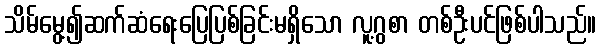
သိမ်မွေ့၍ဆက်ဆံရေးပြေပြစ်ခြင်းမရှိသော လူ့ဂွစာ တစ်ဦးပင်ဖြစ်ပါသည်။